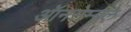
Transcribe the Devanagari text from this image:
ऑनसेम्बल